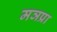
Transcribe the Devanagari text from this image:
मञप्रा